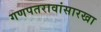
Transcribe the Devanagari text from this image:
गणपतरावांसारखा